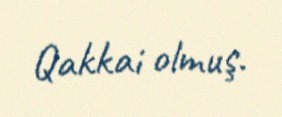
Qakkai olmuş.